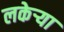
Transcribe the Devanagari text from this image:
लकेऱ्या